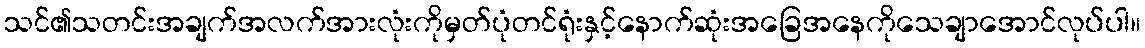
သင်၏သတင်းအချက်အလက်အားလုံးကိုမှတ်ပုံတင်ရုံးနှင့်နောက်ဆုံးအခြေအနေကိုသေချာအောင်လုပ်ပါ။